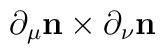
\partial_{\mu} {\bf n}\times \partial_{\nu}{\bf n}